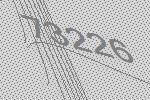
73226